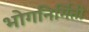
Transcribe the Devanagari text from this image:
भोगनिर्मिती